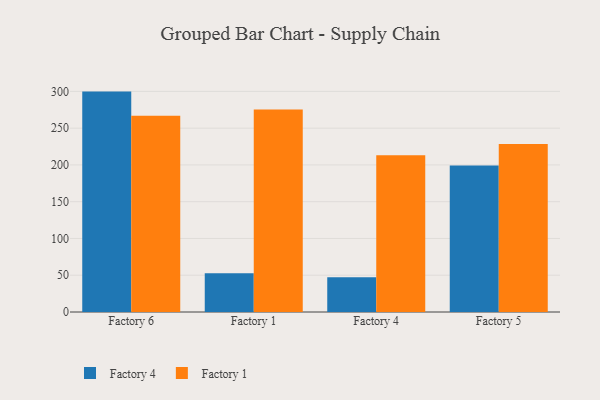
{"axis": {"x": "Factory", "y": "Production Output"}, "legend": ["Factory 1", "Factory 4"], "data": [{"x": "Factory 6", "y": 299.7, "type": "Factory 4"}, {"x": "Factory 6", "y": 266.9, "type": "Factory 1"}, {"x": "Factory 1", "y": 52.7, "type": "Factory 4"}, {"x": "Factory 1", "y": 275.4, "type": "Factory 1"}, {"x": "Factory 4", "y": 47.4, "type": "Factory 4"}, {"x": "Factory 4", "y": 213.1, "type": "Factory 1"}, {"x": "Factory 5", "y": 199.2, "type": "Factory 4"}, {"x": "Factory 5", "y": 228.3, "type": "Factory 1"}]}